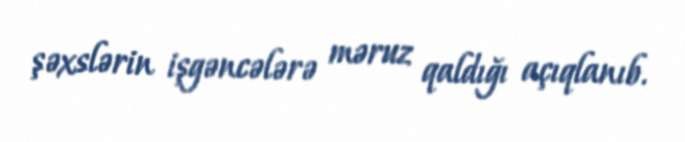
şəxslərin işgəncələrə məruz qaldığı açıqlanıb.